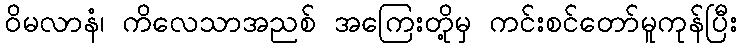
ဝိမလာနံ၊ ကိလေသာအညစ် အကြေးတို့မှ ကင်းစင်တော်မူကုန်ပြီး